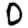
Digit: 0